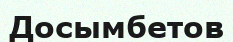
Досымбетов